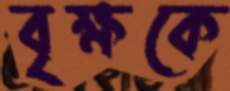
বৃক্ষকে